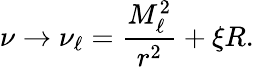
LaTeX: \nu\rightarrow\nu_{\ell}=\frac{M_{\ell}^{2}}{r^{2}}+\xi R.